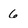
Character: 6